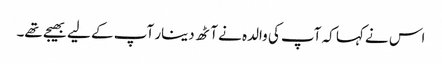
اس نے کہا کہ آپ کی والدہ نے آٹھ دینار آپ کے لیے بھیجے تھے۔